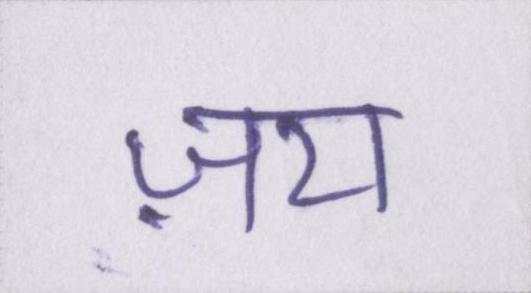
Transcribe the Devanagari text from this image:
ज़रा